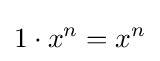
1\cdot x^{n}=x^{n}